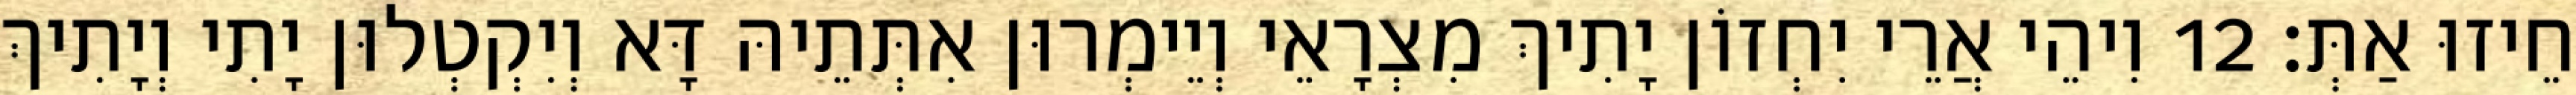
חֵיזוּ אַתְּ׃ 12 וִיהֵי אֲרֵי יִחְזוֹן יָתִיךְ מִצְרָאֵי וְיֵימְרוּן אִתְּתֵיהּ דָּא וְיִקְטְלוּן יָתִי וְיָתִיךְ